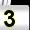
Digit: 3